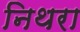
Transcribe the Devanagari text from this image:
निथरा